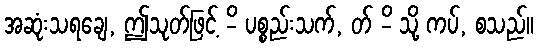
အဆုံးသရချေ, ဤသုတ်ဖြင့် -ိ ပစ္စည်းသက်, တ် -ိ သို့ ကပ်, စသည်။